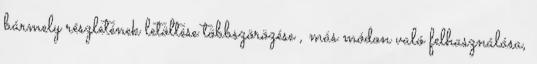
bármely részletének letöltése többszörözése , más módon való felhasználása,